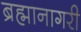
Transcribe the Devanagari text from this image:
ब्रह्मानागरी